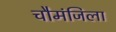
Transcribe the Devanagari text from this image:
चौमंजिला